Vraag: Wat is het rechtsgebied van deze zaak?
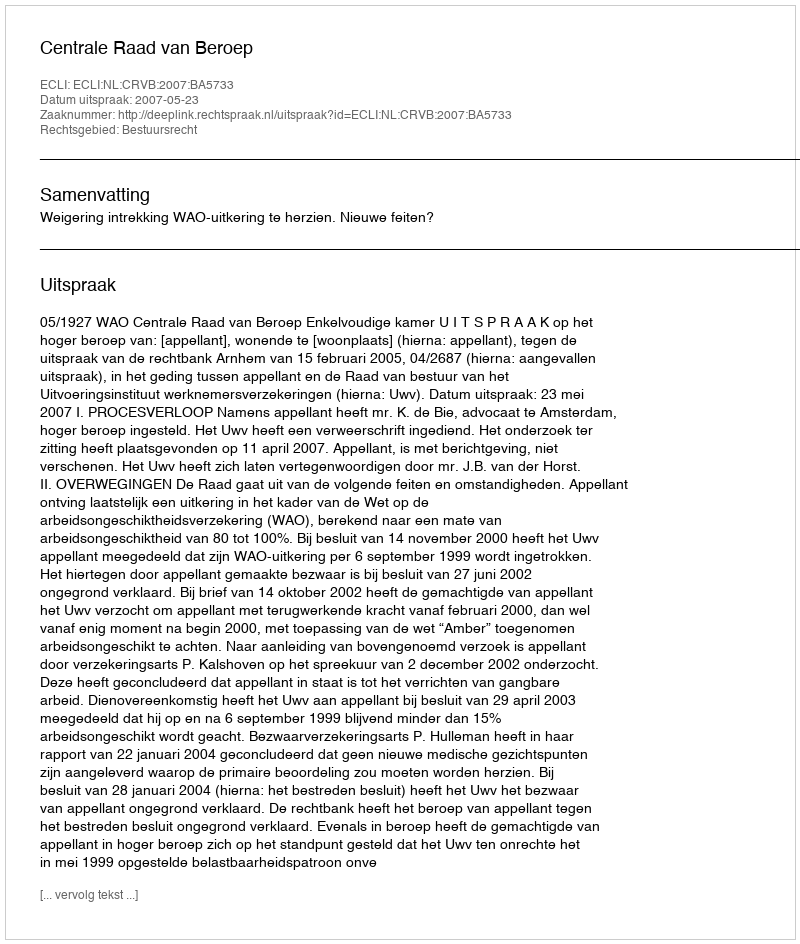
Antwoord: Bestuursrecht